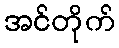
အင်တိုက်